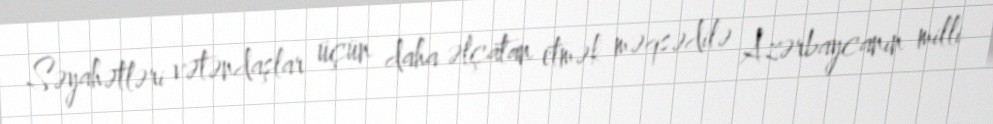
Səyahətləri vətəndaşlar üçün daha əlçatan etmək məqsədilə Azərbaycanın milli